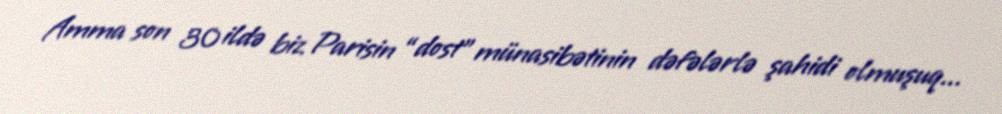
Amma son 30 ildə biz Parisin “dost” münasibətinin dəfələrlə şahidi olmuşuq...